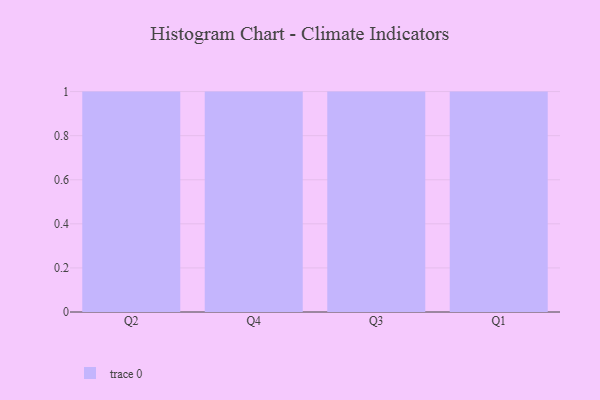
{"axis": {"x": "Quarter", "y": "Latency (ms)"}, "legend": [""], "data": [{"x": "Q2", "y": 4, "type": ""}, {"x": "Q4", "y": 37, "type": ""}, {"x": "Q3", "y": 17, "type": ""}, {"x": "Q1", "y": 72, "type": ""}]}